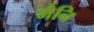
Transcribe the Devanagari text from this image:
मैनि